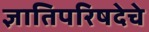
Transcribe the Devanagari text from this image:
ज्ञातिपरिषदेचे